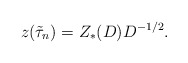
\begin{align*} z(\tilde\tau_n)=Z_*(D)D^{-1/2}.\end{align*}